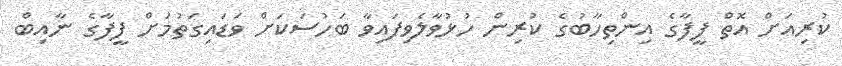
ކުރިއަށް އޮތް ފީފާގެ އިންތިހާބުގެ ކުރިން ހުޅުވާލެވިފައިވާ ބަހުސަކަށް ވަޑައިގަތުމަށް ފީފާގެ ނާއިބް